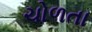
ચોળતા